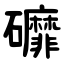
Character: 䃺